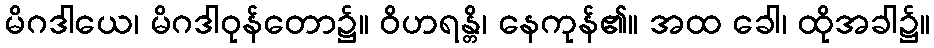
မိဂဒါယေ၊ မိဂဒါဝုန်တော၌။ ဝိဟရန္တိ၊ နေကုန်၏။ အထ ခေါ၊ ထိုအခါ၌။